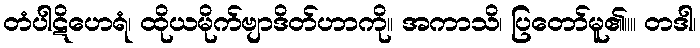
တံပါဋိဟေရံ၊ ထိုယမိုက်ဗျာဒိတ်ဟာကို။ အကာသိ၊ ပြတော်မူ၏။။ တဒါ၊